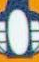
O